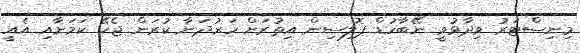
މިނިސްޓަރު ވިދާޅުވީ ނޭބާހުޑް ޕޮލިސިން އިތުރަށް ހަރުދަނާ ކުރަން ޖެހޭ ކަމަށާއި އެއީ